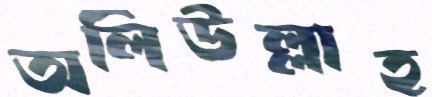
অলিউল্লাহ